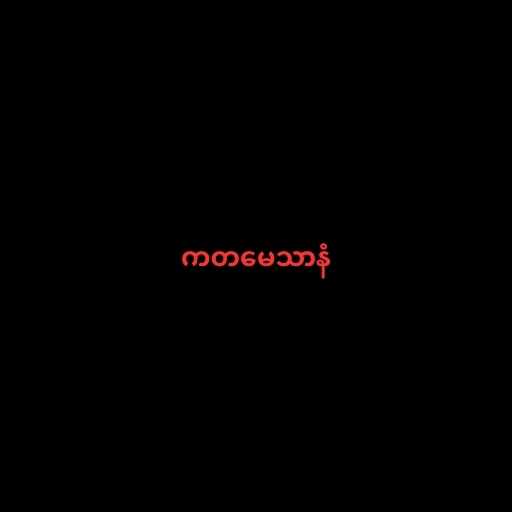
ကတမေသာနံ